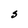
Character: S